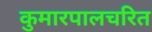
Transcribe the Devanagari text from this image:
कुमारपालचरित